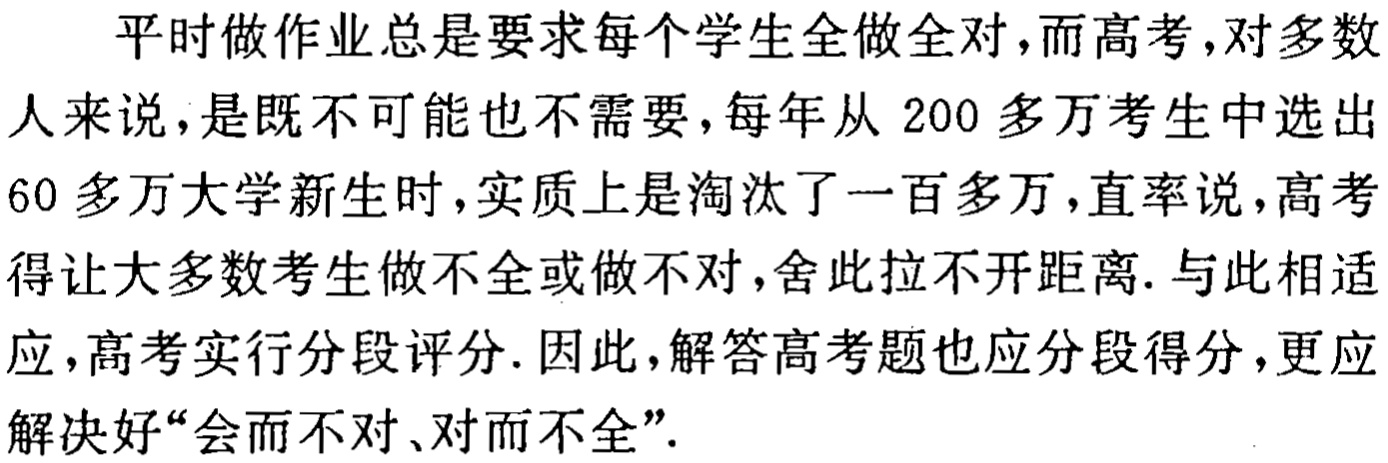
平时做作业总是要求每个学生全做全对，而高考，对多数

人来说，是既不可能也不需要，每年从200多万考生中选出

60多万大学新生时，实质上是淘汰了一百多万，直率说，高考

得让大多数考生做不全或做不对，舍此拉不开距离. 与此相适

应，高考实行分段评分. 因此，解答高考题也应分段得分，更应

解决好“会而不对、对而不全”.